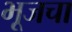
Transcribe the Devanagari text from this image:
भूजचा